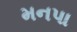
મનપા